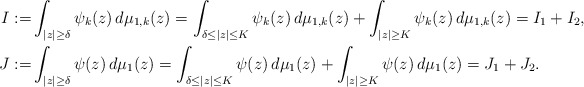
\begin{align*}I:=&\int_{|z|\geq\delta}\psi_k(z)\, d\mu_{1,k}(z)=\int_{\delta\leq |z|\leq K}\psi_k(z)\, d\mu_{1,k}(z) +\int_{|z|\geq K}\psi_k(z)\,d\mu_{1,k}(z)=I_1+I_2,\\J:=&\int_{|z|\geq\delta}\psi(z)\, d\mu_{1}(z)=\int_{\delta\leq |z|\leq K}\psi(z)\, d\mu_{1}(z) +\int_{|z|\geq K}\psi(z)\,d\mu_{1}(z)=J_1+J_2.\end{align*}